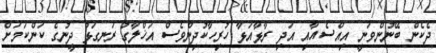
ދެކެން ބޭނުންވަނީ އިއްސެއާއި އަދި ރާޅާއަޅާ ހުރިހާކުދިންވެސް އަޚްލާގު ރަނގަޅު ދީނުގެ ކަންކަމަށް